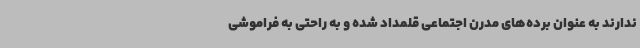
ندارند به عنوان برده‌های مدرن اجتماعی قلمداد شده و به راحتی به فراموشی